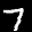
Label: 7